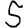
Digit: 5